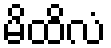
မိထိလံ